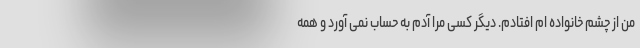
من از چشم خانواده ام افتادم. دیگر کسی مرا آدم به حساب نمی آورد و همه